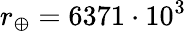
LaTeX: r_{\oplus}=6371\cdot 10^{3}